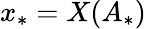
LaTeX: x_{*}=X(A_{*})